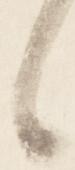
候